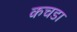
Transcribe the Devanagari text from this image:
कचडा